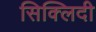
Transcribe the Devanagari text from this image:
सिक्लिदी